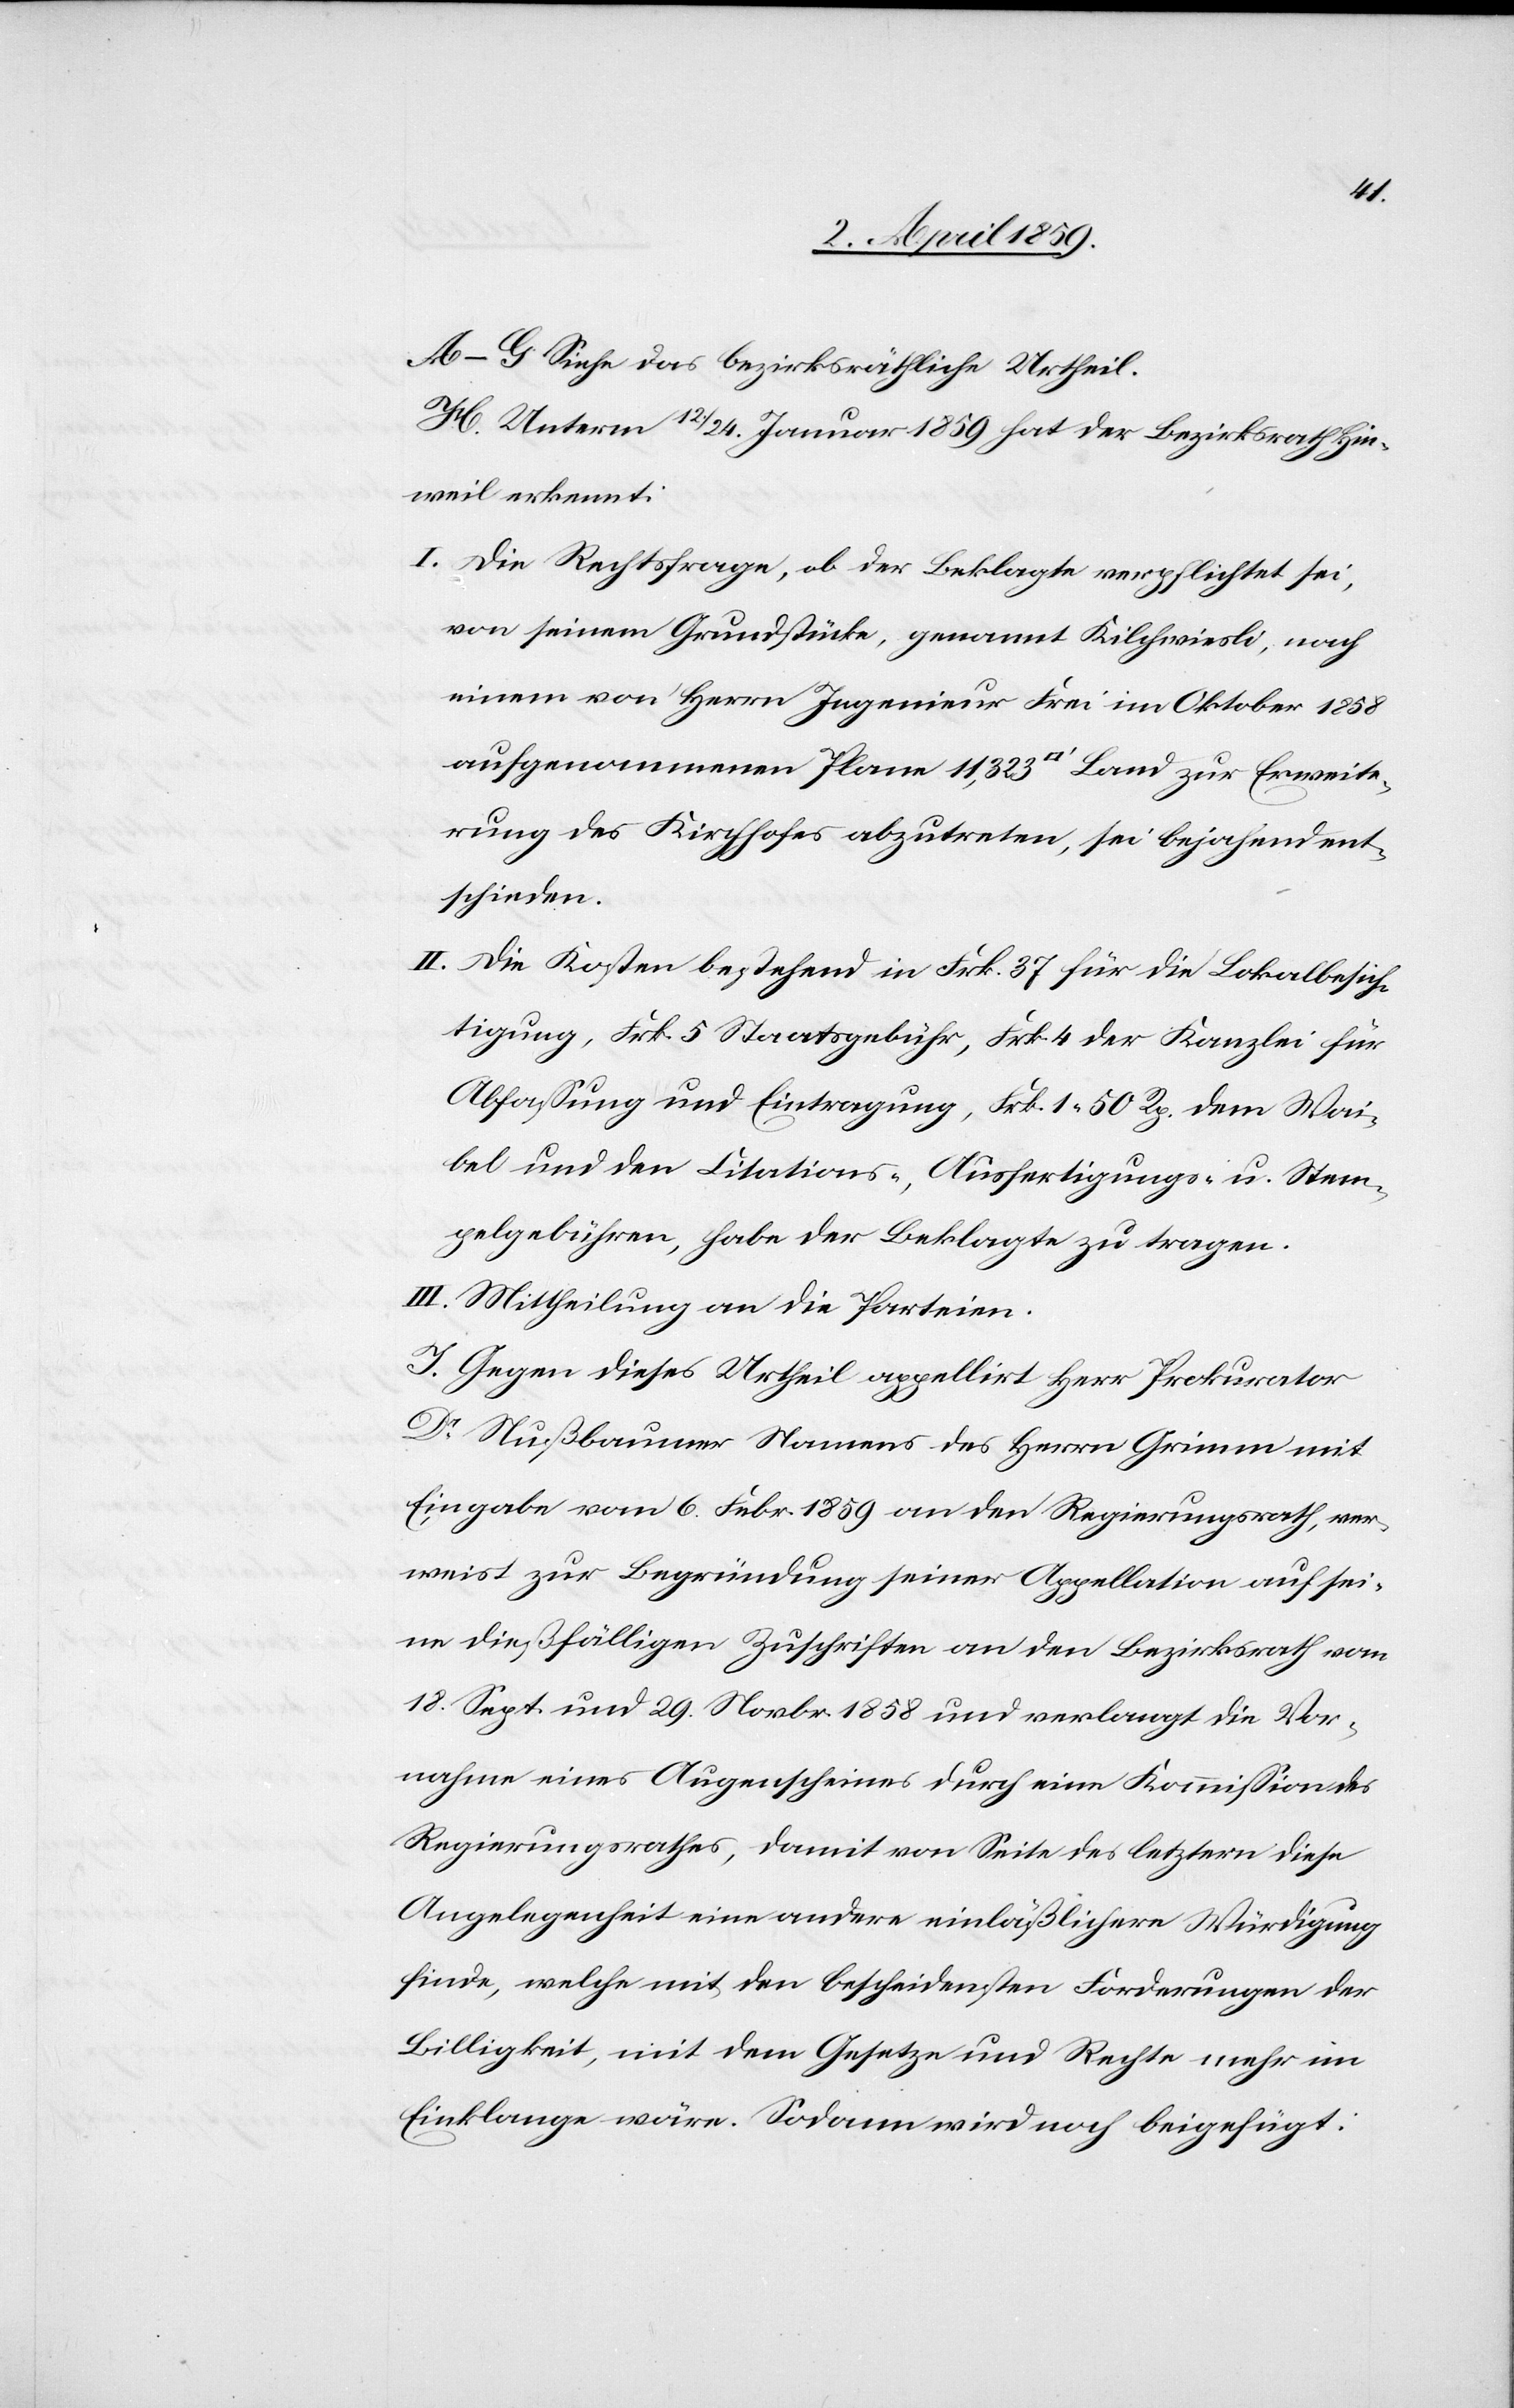
A‒G. Siehe das bezirksräthliche Urtheil.
H. Unterm 12./24. Januar 1859 hat der Bezirksrath Hin¬
weil erkennt:
I. Die Rechtsfrage, ob der Beklagte verpflichtet sei,
von seinem Grundstücke, genannt Kilchwiesli, nach
einem von Herrn Ingenieur Frei im Oktober 1858
aufgenommenen Plane 11,323 [Quadratfuß] Land zur Erweite¬
rung des Kirchhofes abzutreten, sei bejahend ent¬
schieden.
II. Die Kosten bestehend in Frk. 37 für die Lokalbesich¬
tigung, Frk. 5 Staatsgebühr, Frk. 4 der Kanzlei für
Abfaßung und Eintragung, Frk. 1 50 Rp. dem Wai¬
bel und den Citations-, Ausfertigungs- u. Stem¬
pelgebühren, habe der Beklagte zu tragen.
III. Mittheilung an die Parteien.
J. Gegen dieses Urtheil appellirt Herr Prokurator
Dr. Nußbaumer Namens des Herrn Grimm mit
Eingabe vom 6. Febr. 1859 an den Regierungsrath, ver¬
weist zur Begründung seiner Appellation auf sei¬
nen dießfälligen Zuschriften an den Bezirksrath vom
18. Sept. und 29. Novbr. 1858 und verlangt die Vor¬
nahme eines Augenscheines durch eine Kommißion des
Regierungsrathes, damit von Seite des letztern diese
Angelegenheit eine andere einläßlichere Würdigung
Einklange wäre. Sodann wird noch beigefügt: